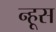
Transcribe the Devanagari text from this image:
न्हूस